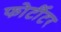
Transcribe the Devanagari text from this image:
फोर्टीटर